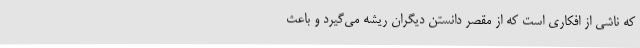
که ناشی از افکاری است که از مقصر دانستن دیگران ریشه می‌گیرد و باعث